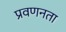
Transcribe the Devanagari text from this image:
प्रवणनता